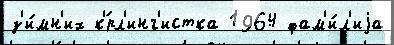
з'и́мн'их к'́рл'инг'истка 1964 фам'и́л'иjа